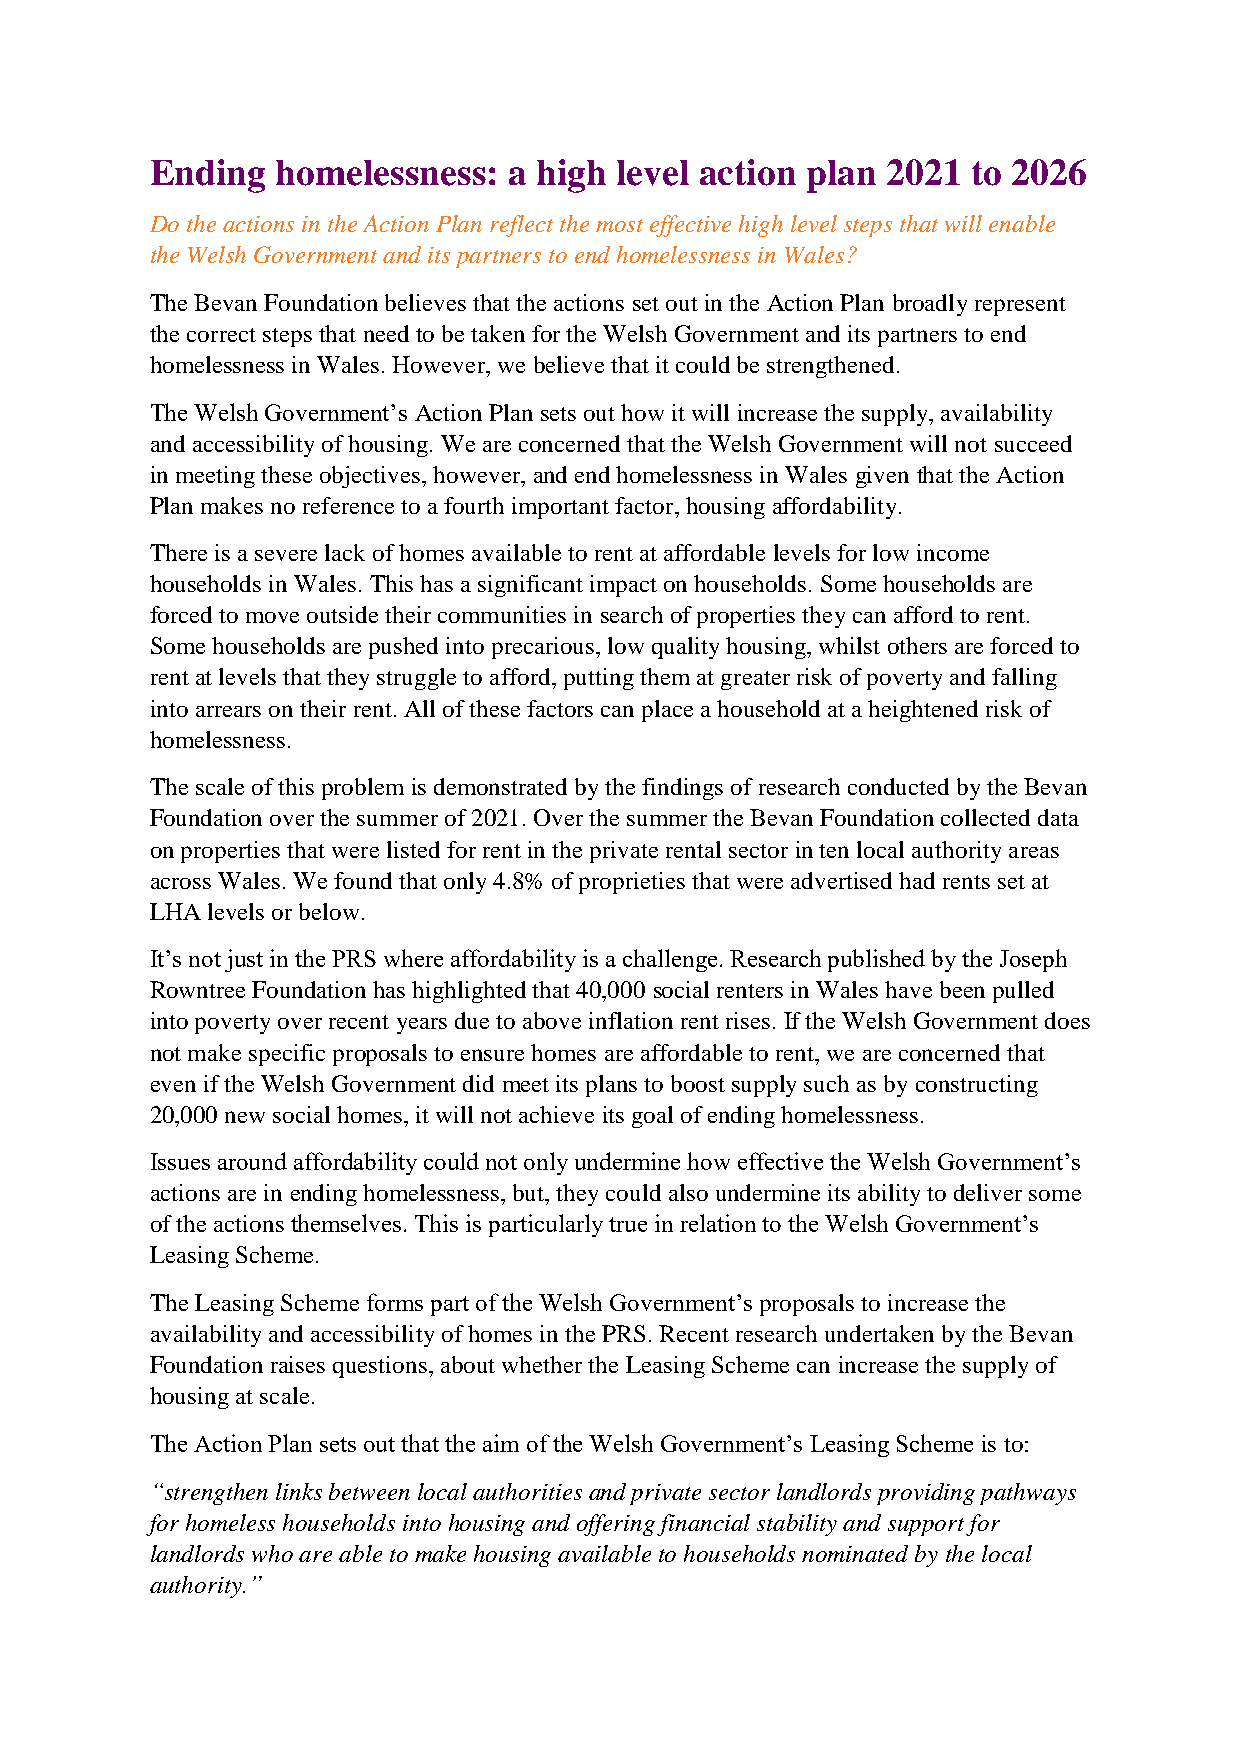
Ending  homelessness:   a high level action plan 2021 to 2026
 Do the actions in the Action Plan reflect the most effective high level steps that will enable
 the Welsh Government and its partners to end homelessness in Wales?
 The Bevan Foundation believes that the actions set out in the Action Plan broadly represent
 the correct steps that need to be taken for the Welsh Government and its partners to end
 homelessness in Wales. However, we believe that it could be strengthened.
 The Welsh Government’s Action Plan sets out how it will increase the supply, availability
 and accessibility of housing. We are concerned that the Welsh Government will not succeed
 in meeting these objectives, however, and end homelessness in Wales given that the Action
 Plan makes no reference to a fourth important factor, housing affordability.
 There is a severe lack of homes available to rent at affordable levels for low income
 households in Wales. This has a significant impact on households. Some households are
 forced to move outside their communities in search of properties they can afford to rent.
 Some households are pushed into precarious, low quality housing, whilst others are forced to
 rent at levels that they struggle to afford, putting them at greater risk of poverty and falling
 into arrears on their rent. All of these factors can place a household at a heightened risk of
 homelessness.
 The scale of this problem is demonstrated by the findings of research conducted by the Bevan
 Foundation over the summer of 2021. Over the summer the Bevan Foundation collected data
 on properties that were listed for rent in the private rental sector in ten local authority areas
 across Wales. We found that only 4.8% of proprieties that were advertised had rents set at
 LHA levels or below.
 It’s not just in the PRS where affordability is a challenge. Research published by the Joseph
 Rowntree Foundation has highlighted that 40,000 social renters in Wales have been pulled
 into poverty over recent years due to above inflation rent rises. If the Welsh Government does
 not make specific proposals to ensure homes are affordable to rent, we are concerned that
 even if the Welsh Government did meet its plans to boost supply such as by constructing
 20,000 new social homes, it will not achieve its goal of ending homelessness.
 Issues around affordability could not only undermine how effective the Welsh Government’s
 actions are in ending homelessness, but, they could also undermine its ability to deliver some
 of the actions themselves. This is particularly true in relation to the Welsh Government’s
 Leasing Scheme.
 The Leasing Scheme forms part of the Welsh Government’s proposals to increase the
 availability and accessibility of homes in the PRS. Recent research undertaken by the Bevan
 Foundation raises questions, about whether the Leasing Scheme can increase the supply of
 housing at scale.
 The Action Plan sets out that the aim of the Welsh Government’s Leasing Scheme is to:
 “strengthen links between local authorities and private sector landlords providing pathways
 for homeless households into housing and offering financial stability and support for
 landlords who are able to make housing available to households nominated by the local
 authority.”